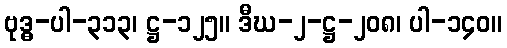
ဗုဒ္ဓ-ပါ-၃၁၃၊ ဋ္ဌ-၁၂၅။ ဒီဃ-၂-ဋ္ဌ-၂၀၈၊ ပါ-၁၄၀။